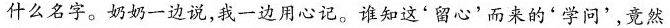
什么名字。奶奶一边说，我一边用心记。谁知这'留心'而来的'学问'，竟然